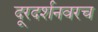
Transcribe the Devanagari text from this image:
दूरदर्शनवरच